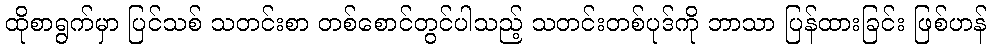
ထိုစာရွက်မှာ ပြင်သစ် သတင်းစာ တစ်စောင်တွင်ပါသည့် သတင်းတစ်ပုဒ်ကို ဘာသာ ပြန်ထားခြင်း ဖြစ်ဟန်